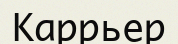
Каррьер